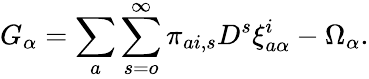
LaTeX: G_{\alpha}=\sum_{a}\sum_{s=o}^{\infty}\pi_{ai,s}D^{s}\xi_{a\alpha}^{i}-\Omega_{\alpha}.